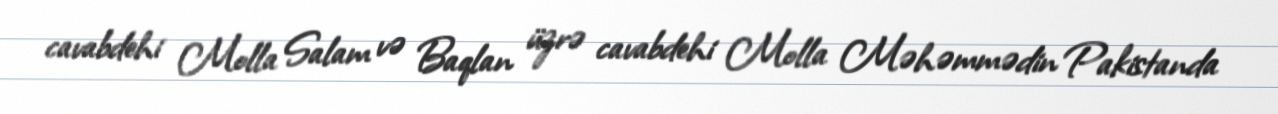
cavabdehi Molla Salam və Baqlan üzrə cavabdehi Molla Məhəmmədin Pakistanda